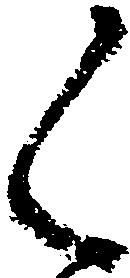
く